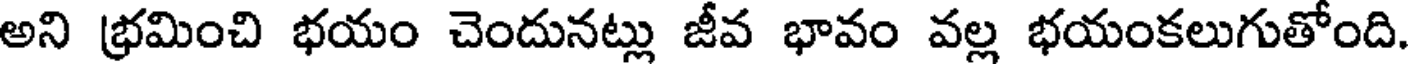
అని భ్రమించి భయం చెందునట్లు జీవ భావం వల్ల భయంకలుగుతోంది.